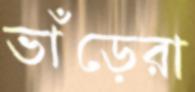
ভাঁড়েরা